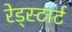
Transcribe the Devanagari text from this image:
रेड्स्टार्ट